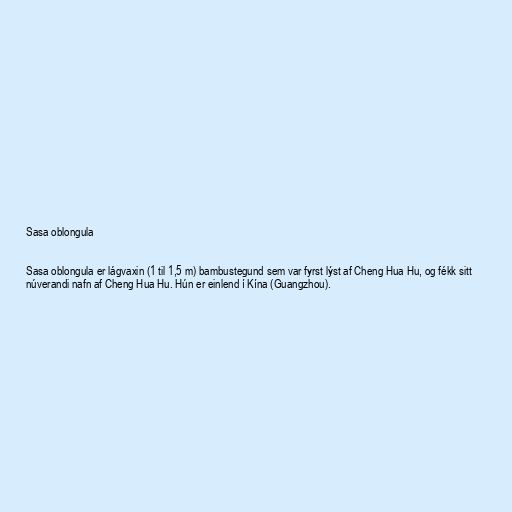
Sasa oblongula

Sasa oblongula er lágvaxin (1 til 1,5 m) bambustegund sem var fyrst lýst af Cheng Hua Hu, og fékk sitt
núverandi nafn af Cheng Hua Hu. Hún er einlend í Kína (Guangzhou).